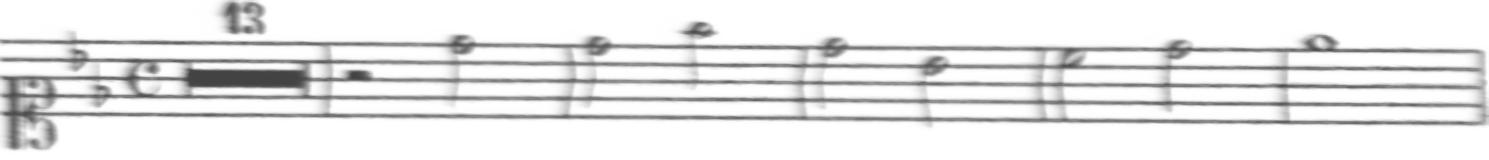
Transcription: clef-C1 keySignature-BbM timeSignature-C multirest-13 barline rest-half note-D5_half barline note-D5_half note-F5_half barline note-D5_half note-Bb4_half barline note-C5_half note-D5_half barline note-Eb5_whole barline